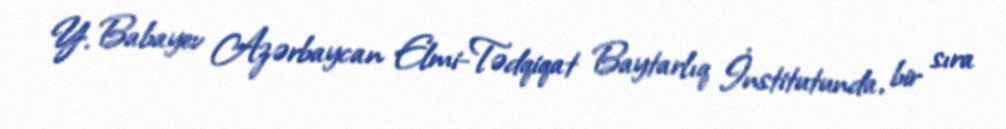
Y. Babayev Azərbaycan Elmi-Tədqiqat Baytarlıq İnstitutunda, bir sıra